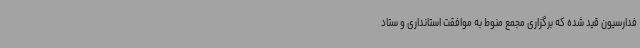
فدارسیون قید شده که برگزاری مجمع منوط به موافقت استانداری و ستاد